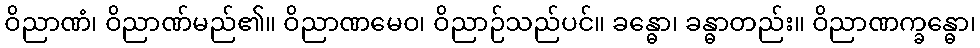
ဝိညာဏံ၊ ဝိညာဏ်မည်၏။ ဝိညာဏမေဝ၊ ဝိညာဉ်သည်ပင်။ ခန္ဓော၊ ခန္ဓာတည်း။ ဝိညာဏက္ခန္ဓော၊